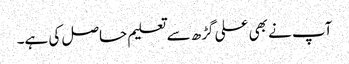
آپ نے بھی علی گڑھ سے تعلیم حاصل کی ہے۔